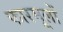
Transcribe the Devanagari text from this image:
फारमूलों